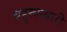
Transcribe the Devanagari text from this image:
बहुरूपधारी